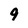
Character: 9